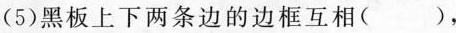
(5)黑板上下两条边的边框互相()，